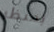
بمنظر